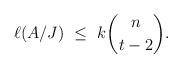
LaTeX: \begin{align*}\ell(A/J)\ \le\ k\binom{n}{t-2}.\end{align*}